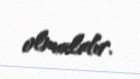
olmalıdır.